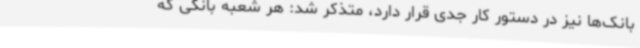
بانک‌ها نیز در دستور کار جدی قرار دارد، متذکر شد: هر شعبه بانکی که